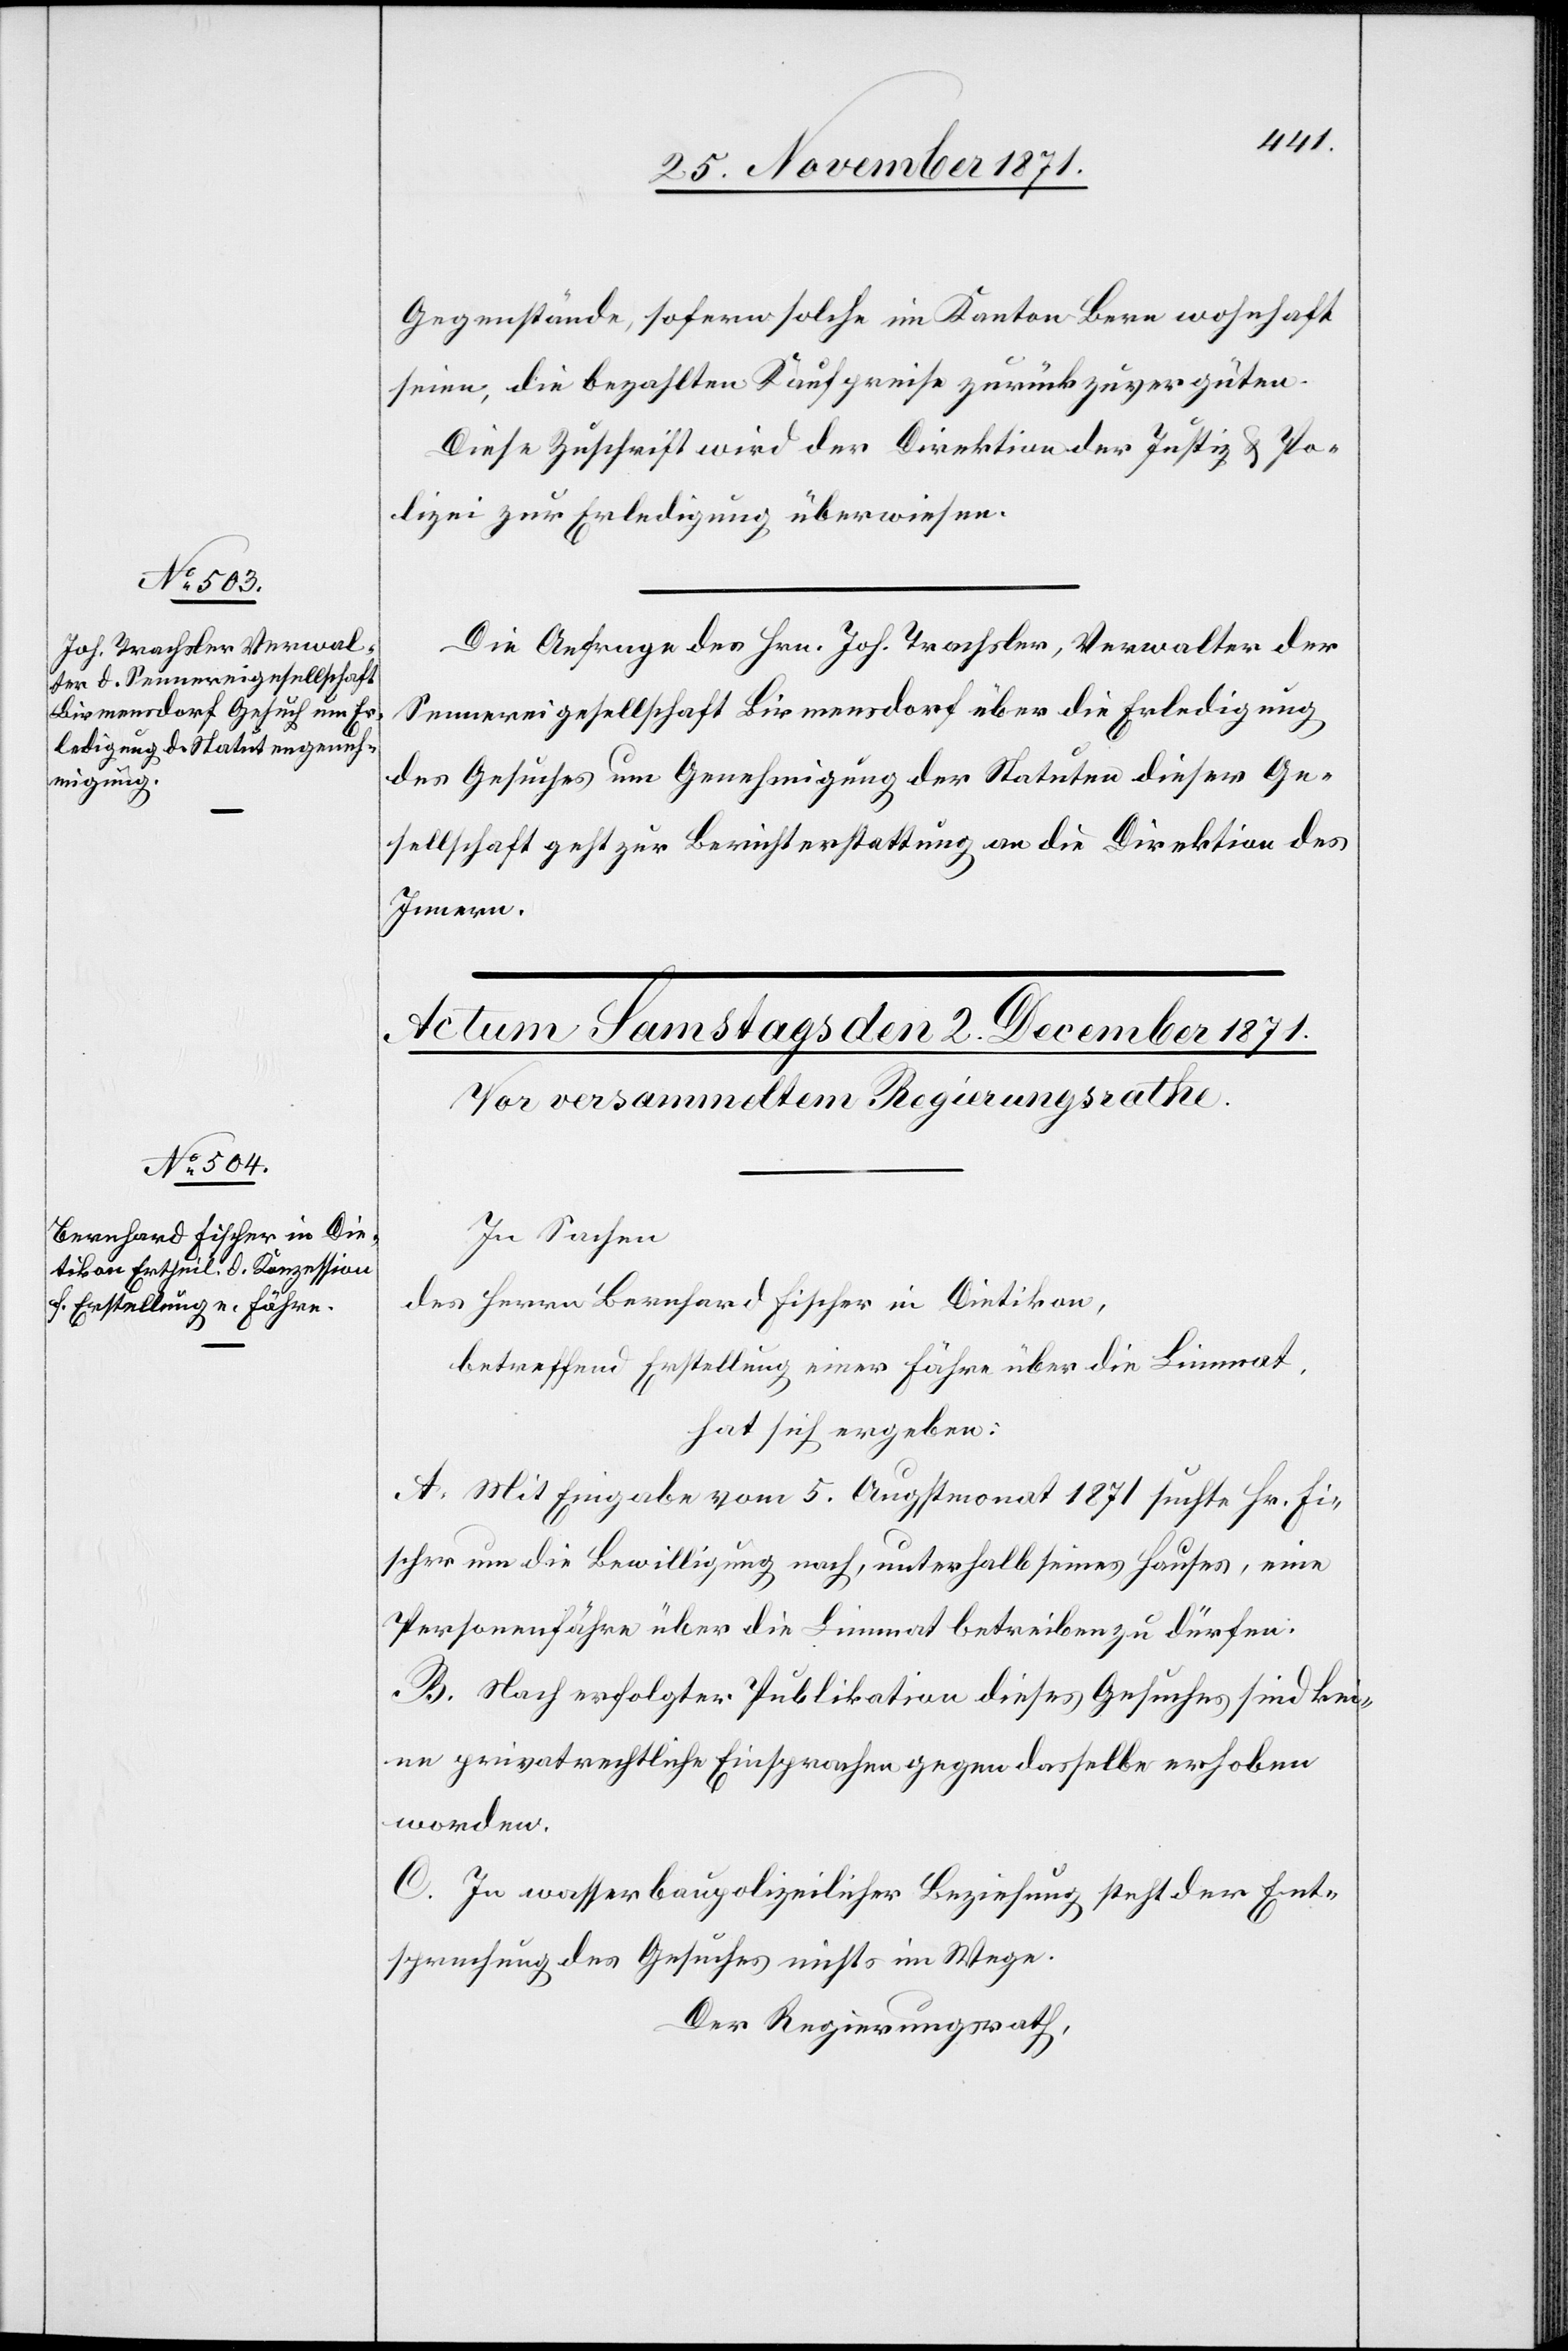
Gegenstände, sofern solche im Kanton Bern wohnhaft
seien, die bezahlten Kaufpreise zurückzuvergüten.
Diese Zuschrift wird der Direktion der Justiz & Po¬
lizei zur Erledigung überwiesen.
Die Anfrage des Hrn. Joh. Trachsler, Verwalter der
Sennereigesellschaft Birmensdorf über die Erledigung
des Gesuches um Genehmigung der Statuten dieser Ge¬
sellschaft geht zur Berichterstattung an die Direktion des
Innern.
In Sachen
des Herrn Bernhard Fischer in Dietikon,
betreffend Erstellung einer Fähre über die Limmat,
hat sich ergeben:
A. Mit Eingabe vom 5. Augstmonat 1871 suchte Hr. Fi¬
scher um die Bewilligung nach, unterhalb seines Hauses, eine
Personenfähre über die Limmat betreiben zu dürfen.
B. Nach erfolgter Publikation dieses Gesuches sind kei¬
ne privatrechtliche Einsprachen gegen dasselbe erhoben
worden.
C. In wasserbaupolizeilicher Beziehung steht der Ent¬
sprechung des Gesuches nichts im Wege.
Der Regierungsrath,